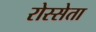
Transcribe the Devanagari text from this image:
रोस्सेता